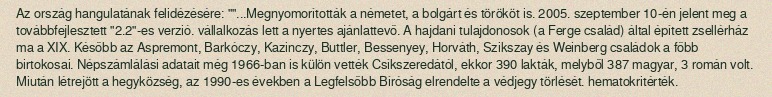
Az ország hangulatának felidézésére: ""...Megnyomorították a németet, a bolgárt és törököt is. 2005. szeptember 10-én jelent meg a továbbfejlesztett "2.2"-es verzió. vállalkozás lett a nyertes ajánlattevő. A hajdani tulajdonosok (a Ferge család) által épített zsellérház ma a XIX. Később az Aspremont, Barkóczy, Kazinczy, Buttler, Bessenyey, Horváth, Szikszay és Weinberg családok a főbb birtokosai. Népszámlálási adatait még 1966-ban is külön vették Csíkszeredától, ekkor 390 lakták, melyből 387 magyar, 3 román volt. Miután létrejött a hegyközség, az 1990-es években a Legfelsőbb Bíróság elrendelte a védjegy törlését. hematokritérték.